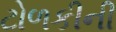
ટોળકીની